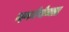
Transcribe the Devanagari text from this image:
म्हणजेगोव्यात